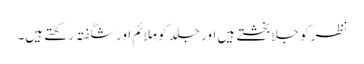
نظر کو جلا بخشتے ہیں اور جلد کو ملائم اور شگفتہ رکھتے ہیں۔